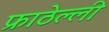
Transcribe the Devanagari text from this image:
फ्राठेल्ली